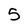
Character: 5